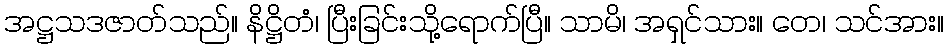
အဋ္ဌသဒဇာတ်သည်။ နိဋ္ဌိတံ၊ ပြီးခြင်းသို့ရောက်ပြီ။ သာမိ၊ အရှင်သား။ တေ၊ သင်အား။